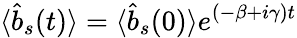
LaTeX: \langle{\hat{b}}_{s}(t)\rangle=\langle{\hat{b}}_{s}(0)\rangle e^{(-\beta+i\gamma)t}